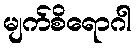
မျက်စိရောဂါ